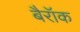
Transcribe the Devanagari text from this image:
बैरॉक